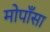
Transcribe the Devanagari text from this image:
मोपाँसा